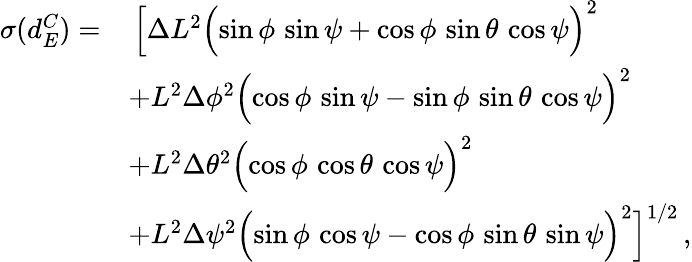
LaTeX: \begin{array}{rl}{\sigma(d_{E}^{C})=}&{\, \Bigl[\Delta L^{2}\Bigl(\sin\phi\, \sin\psi+\cos\phi\, \sin\theta\, \cos\psi\Bigr)^{2}}\\ &{+L^{2}\Delta\phi^{2}\Bigl(\cos\phi\, \sin\psi-\sin\phi\, \sin\theta\, \cos\psi\Bigr)^{2}}\\ &{+L^{2}\Delta\theta^{2}\Bigl(\cos\phi\, \cos\theta\, \cos\psi\Bigr)^{2}}\\ &{+L^{2}\Delta\psi^{2}\Bigl(\sin\phi\, \cos\psi-\cos\phi\, \sin\theta\, \sin\psi\Bigr)^{2}\Bigr]^{1/2}\, ,}\end{array}